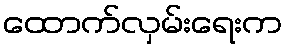
ထောက်လှမ်းရေးက